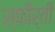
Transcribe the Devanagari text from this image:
स्फीर्ती